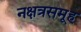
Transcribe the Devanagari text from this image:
नक्षत्रसमूह